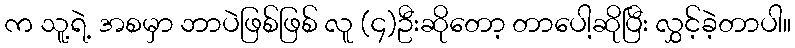
က သူ့ရဲ့ အစမှာ ဘာပဲဖြစ်ဖြစ် လူ (၄)ဦးဆိုတော့ တာပေါ့ဆိုပြီး လွှင့်ခဲ့တာပါ။